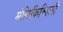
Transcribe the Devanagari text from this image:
मेलिकिश्विली